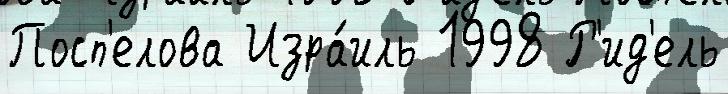
Посп'елова Изра́иль 1998 Р'ид'ель